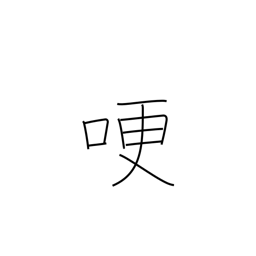
Meaning: get choked up